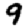
Digit: 9